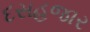
દસહજાર